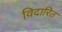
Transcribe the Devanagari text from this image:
विदारित